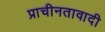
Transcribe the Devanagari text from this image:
प्राचीनतावादी